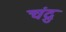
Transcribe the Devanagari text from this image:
चंद्रु